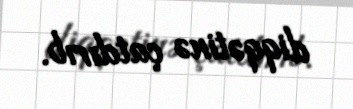
diqqətinə çatdırıb.